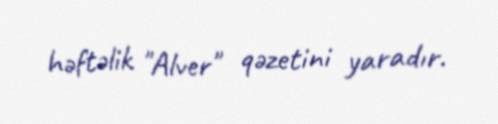
həftəlik "Alver" qəzetini yaradır.